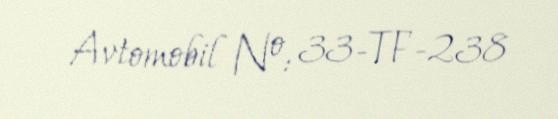
Avtomobil №: 33-TF-238